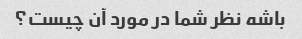
باشه نظر شما در مورد آن چیست؟